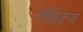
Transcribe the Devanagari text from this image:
चेम्निट्ज़